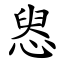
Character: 惥